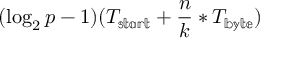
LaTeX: ( \log _ { 2 } p - 1 ) ( T _ { \mathbb { s t a r t } } + { \frac { n } { k } } * T _ { \mathbb { b y t e } } )